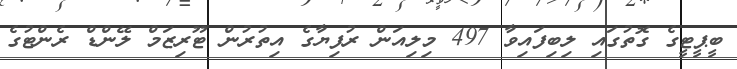
ބީޕީޓީގެ ގޮތުގައި ލިބިފައިވާ 497 މިލިއަން ރުފިޔާގެ އިތުރުން ޓޫރިޒަމް ލޭންޑް ރެންޓުގެ